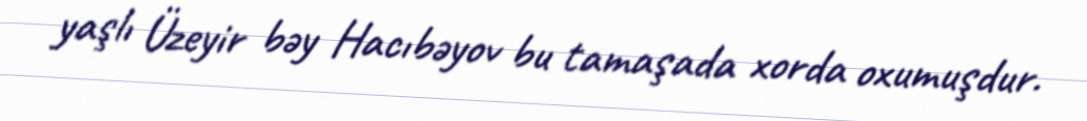
yaşlı Üzeyir bəy Hacıbəyov bu tamaşada xorda oxumuşdur.